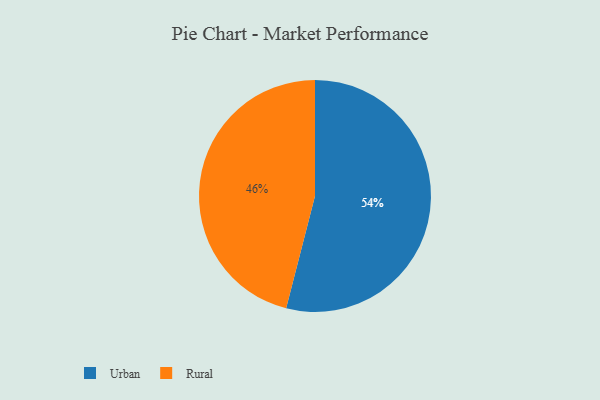
{"axis": {"x": "Category", "y": "Percentage"}, "legend": ["Rural", "Urban"], "data": [{"x": "Rural", "y": 46, "type": "Rural"}, {"x": "Urban", "y": 54, "type": "Urban"}]}